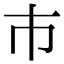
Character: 巿